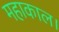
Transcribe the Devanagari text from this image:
महाकाल।